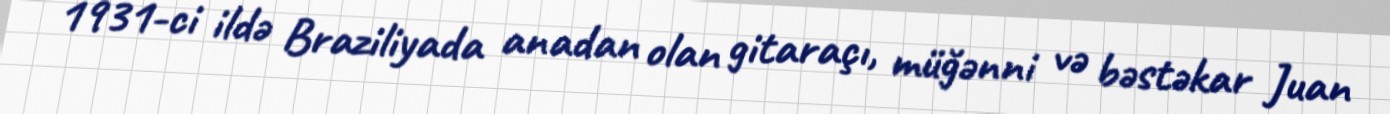
1931-ci ildə Braziliyada anadan olan gitaraçı, müğənni və bəstəkar Juan